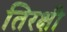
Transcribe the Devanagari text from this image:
तिरक्षी